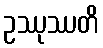
ဥဿုဿတိ